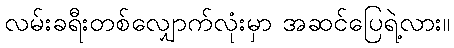
လမ်းခရီးတစ်လျှောက်လုံးမှာ အဆင်ပြေရဲ့လား။